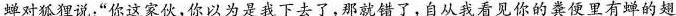
蝉对狐狸说：”你这家伙，你以为是我下去了，那就错了，自从我看见你的粪便里有蝉的翅